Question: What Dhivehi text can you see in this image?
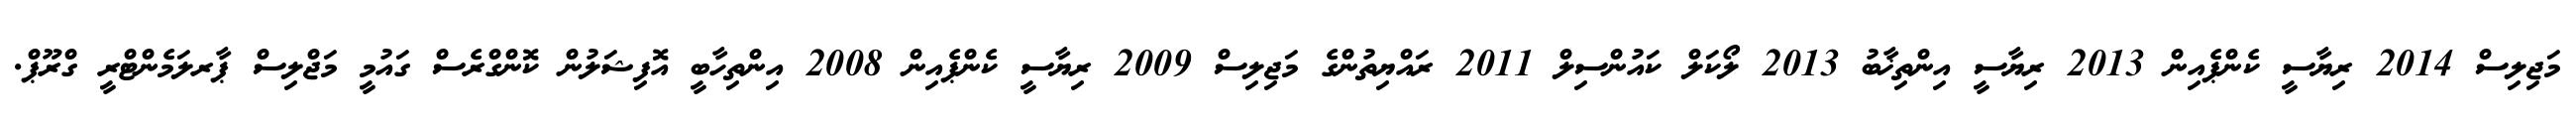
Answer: މަޖިލިސް 2014 ރިޔާސީ ކެންޕެއިން 2013 ރިޔާސީ އިންތިޚާބު 2013 ލޯކަލް ކައުންސިލް 2011 ރައްޔިތުންގެ މަޖިލިސް 2009 ރިޔާސީ ކެންޕެއިން 2008 އިންތިހާބީ އޮފިޝަލުން ކޮންގްރެސް ގައުމީ މަޖްލިސް ޕާރލަމެންޓްރީ ގްރޫޕް.